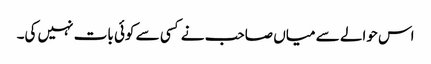
اس حوالے سے میاں صاحب نے کسی سے کوئی بات نہیں کی۔